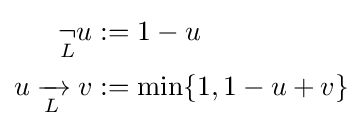
{\begin{aligned}{\underset {L}{\neg }}u&:=1-u\\u\mathrel {\xrightarrow[{L}]{}} v&:=\min\{1,1-u+v\}\end{aligned}}